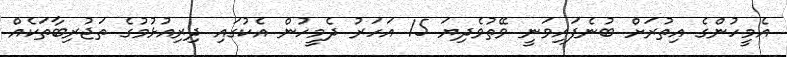
އެމީހުންގެ އިތުރަށް ބުނެފައިވަނީ ވޭތުވެދިޔަ 15 އަހަރު ދެމީހުން އެކުގައި ދިރިއުޅުމުގެ ތަޖުރިބާތަކެއް